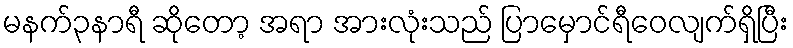
မနက်၃နာရီ ဆိုတော့ အရာ အားလုံးသည် ပြာမှောင်ရီဝေလျက်ရှိပြီး